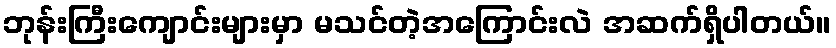
ဘုန်းကြီးကျောင်းများမှာ မသင်တဲ့အကြောင်းလဲ အဆက်ရှိပါတယ်။